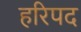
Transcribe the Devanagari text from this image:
हरिपद